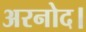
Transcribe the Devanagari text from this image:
अरनोद।